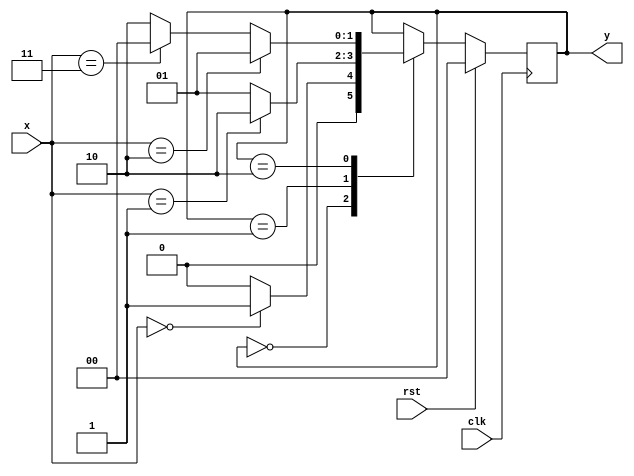
`timescale 1ns / 1ps

module moore(
    input wire clk,
    input wire rst,
    
    input wire [1:0] x,
    output wire [1:0] y
);

    localparam S0 = 0, S1 = 1, S2 = 2;
    localparam X0 = 0, X1 = 1, X2 = 2, X3 = 3;
    
    reg [1:0] state;
    reg [1:0] state_next;
    
    //    
    always @*
        case(state)
            S0: state_next = (x == X0) ? S1 : S0;
            S1: state_next = (x == X1) ? S2 : S1;
            S2: state_next = (x == X2) ? S1 :
                             (x == X3) ? S0 : S2;
            default: state_next = state;
        endcase

    //    
    assign y = state;
    
    //  
    always @(posedge clk)
        if (rst) begin
            state <= S0;
        end else begin
            state <= state_next;
        end
        
endmodule